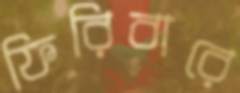
ফিরিবারে